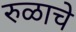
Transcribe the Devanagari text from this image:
रुळाचे